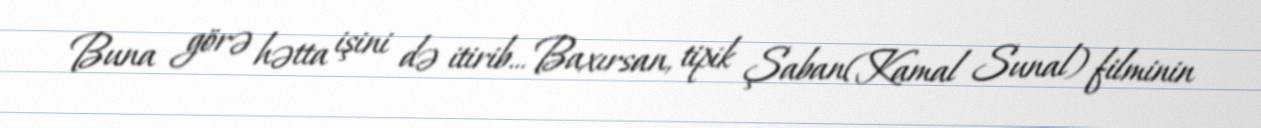
Buna görə hətta işini də itirib... Baxırsan, tipik Şaban(Kamal Sunal) filminin